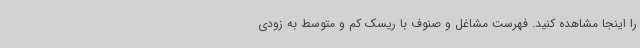
را اینجا مشاهده کنید. فهرست مشاغل و صنوف با ریسک کم و متوسط به زودی